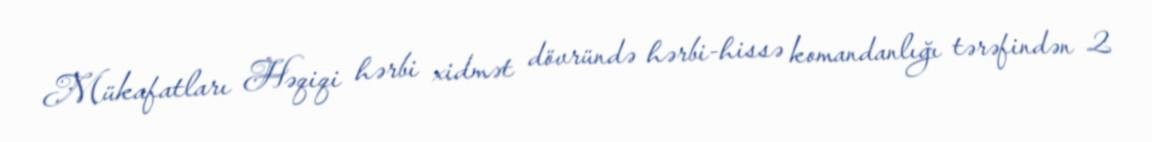
Mükafatları Həqiqi hərbi xidmət dövründə hərbi-hissə komandanlığı tərəfindən 2